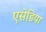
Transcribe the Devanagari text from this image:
एसेडिया